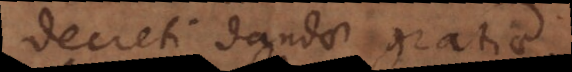
decreti dandae gratiae.